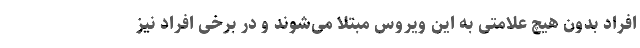
افراد بدون هیچ علامتی به این ویروس مبتلا می‌شوند و در برخی افراد نیز